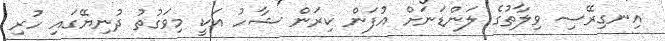
އިނގިރޭސި ވިލާތުގެ ލަންޑަނަށް އުފަން ކިރަން ޝާހު އަކީ މިވަގުތު ދުނިޔޭގައި ހުރި